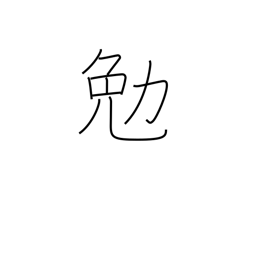
Meaning: strive